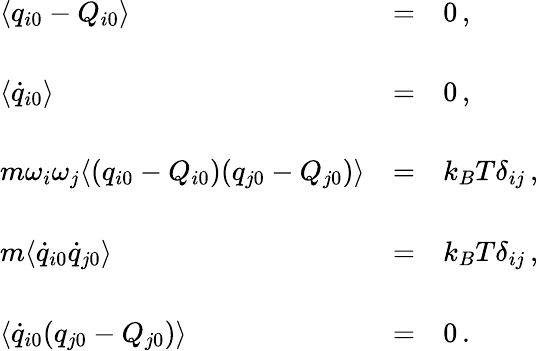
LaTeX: \begin{array}{lll}{{\langle q_{i0}-Q_{i0}\rangle}}&{{=}}&{{0\, ,}}\\ {{}}&{{}}&{{}}\\ {{\langle\dot{q}_{i0}\rangle}}&{{=}}&{{0\, ,}}\\ {{}}&{{}}&{{}}\\ {{m\omega_{i}\omega_{j}\langle(q_{i0}-Q_{i0})(q_{j0}-Q_{j0})\rangle}}&{{=}}&{{k_{B}T\delta_{ij}\, ,}}\\ {{}}&{{}}&{{}}\\ {{m\langle\dot{q}_{i0}\dot{q}_{j0}\rangle}}&{{=}}&{{k_{B}T\delta_{ij}\, ,}}\\ {{}}&{{}}&{{}}\\ {{\langle\dot{q}_{i0}(q_{j0}-Q_{j0})\rangle}}&{{=}}&{{0\, .}}\end{array}